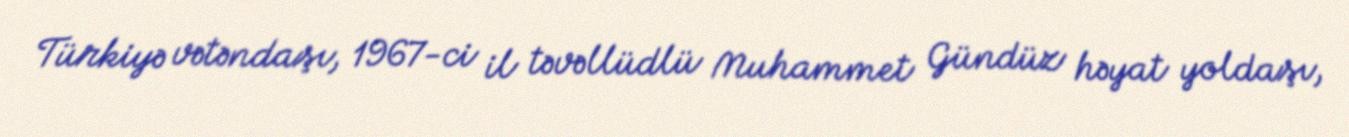
Türkiyə vətəndaşı, 1967-ci il təvəllüdlü Muhammet Gündüz həyat yoldaşı,